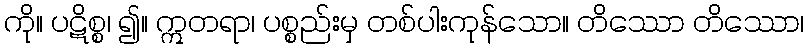
ကို။ ပဋိစ္စ၊ ၍။ ဣတရာ၊ ပစ္စည်းမှ တစ်ပါးကုန်သော။ တိဿော တိဿော၊